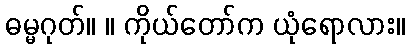
ဓမ္မဂုတ်။ ။ ကိုယ်တော်က ယုံရောလား။